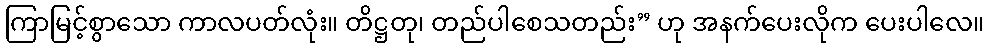
ကြာမြင့်စွာသော ကာလပတ်လုံး။ တိဋ္ဌတု၊ တည်ပါစေသတည်း” ဟု အနက်ပေးလိုက ပေးပါလေ။